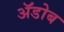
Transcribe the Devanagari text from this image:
ॲडोब